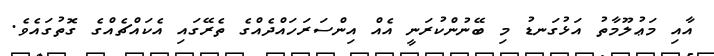
އާއި މަޢުލޫމާތު އަޅުގަނޑު މި ބޭނުންކުރަނީ އެއް އިންސަރަހައްދެއްގެ ތެރޭގައި އެކައްޗެއްގެ ގޮތުގައެވެ.